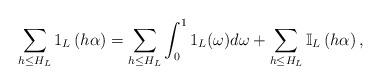
LaTeX: \begin{align*} \sum_{h \leq H_{L}} 1_{L} \left(h \alpha\right) = \sum_{h \leq H_{L}}\int^{1}_{0} 1_{L} (\omega) d \omega + \sum_{h \leq H_{L}} \mathbb{I}_{L}\left(h \alpha\right),\end{align*}